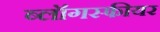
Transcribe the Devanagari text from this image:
ब्लॉगस्फीयर